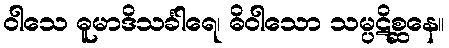
ဝါသေ ဓူမာဒိသင်္ခါရေ၊ ဓိဝါသော သမ္ပဋိစ္ဆနေ။